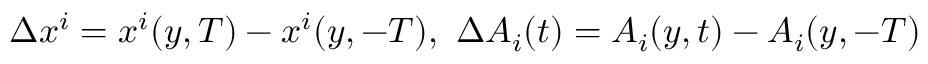
\Delta x ^ { i } = x ^ { i } ( y , T ) - x ^ { i } ( y , - T ) , \ \Delta A _ { i } ( t ) = A _ { i } ( y , t ) - A _ { i } ( y , - T )